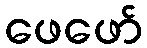
ဖေဖော်